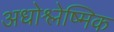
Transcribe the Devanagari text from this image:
अधोश्लेष्मिक